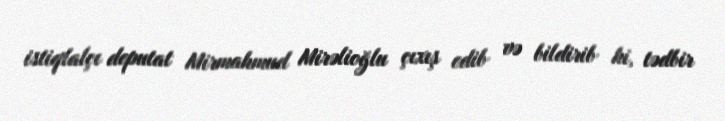
istiqlalçı deputat Mirmahmud Mirəlioğlu çıxış edib və bildirib ki, tədbir